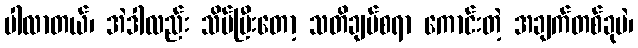
ပါလာတယ်၊ အဲဒါလည်း သိပ်ပြီးတော့ သတိချပ်စရာ ကောင်းတဲ့ အချက်တစ်ခုပဲ၊